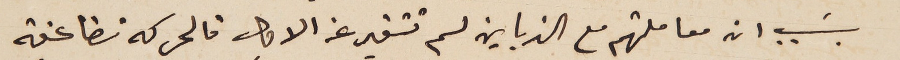
بسَبب ان معاملتهم مع الزباين لم تتغير عن الاول فالحركه تضاعفة